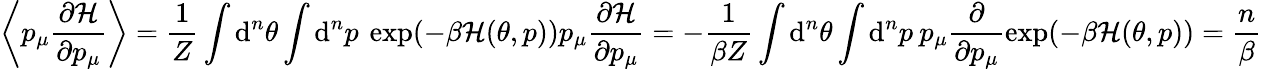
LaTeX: \left\langle p_{\mu}\frac{\partial\mathcal{H}}{\partial p_{\mu}}\right\rangle=\frac{1}{Z}\int\mathrm{d}^{n}\theta\int\mathrm{d}^{n}p\: \exp(-\beta\mathcal{H}(\theta,p))p_{\mu}\frac{\partial\mathcal{H}}{\partial p_{\mu}}=-\frac{1}{\beta Z}\int\mathrm{d}^{n}\theta\int\mathrm{d}^{n}p\: p_{\mu}\frac{\partial}{\partial p_{\mu}}\exp(-\beta\mathcal{H}(\theta,p))=\frac{n}{\beta}